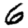
Digit: 6